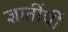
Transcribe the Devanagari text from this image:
ज्ञातींचीं